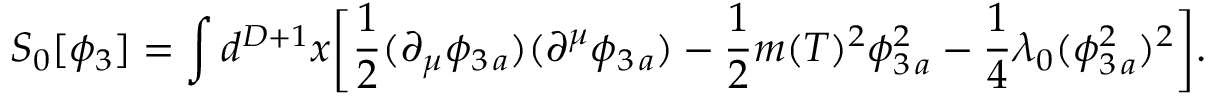
S _ { 0 } [ \phi _ { 3 } ] = \int d ^ { D + 1 } x \biggl [ \frac { 1 } { 2 } ( \partial _ { \mu } \phi _ { 3 \, a } ) ( \partial ^ { \mu } \phi _ { 3 \, a } ) - \frac { 1 } { 2 } m ( T ) ^ { 2 } \phi _ { 3 \, a } ^ { 2 } - \frac { 1 } { 4 } \lambda _ { 0 } ( \phi _ { 3 \, a } ^ { 2 } ) ^ { 2 } \biggr ] .